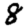
Digit: 8